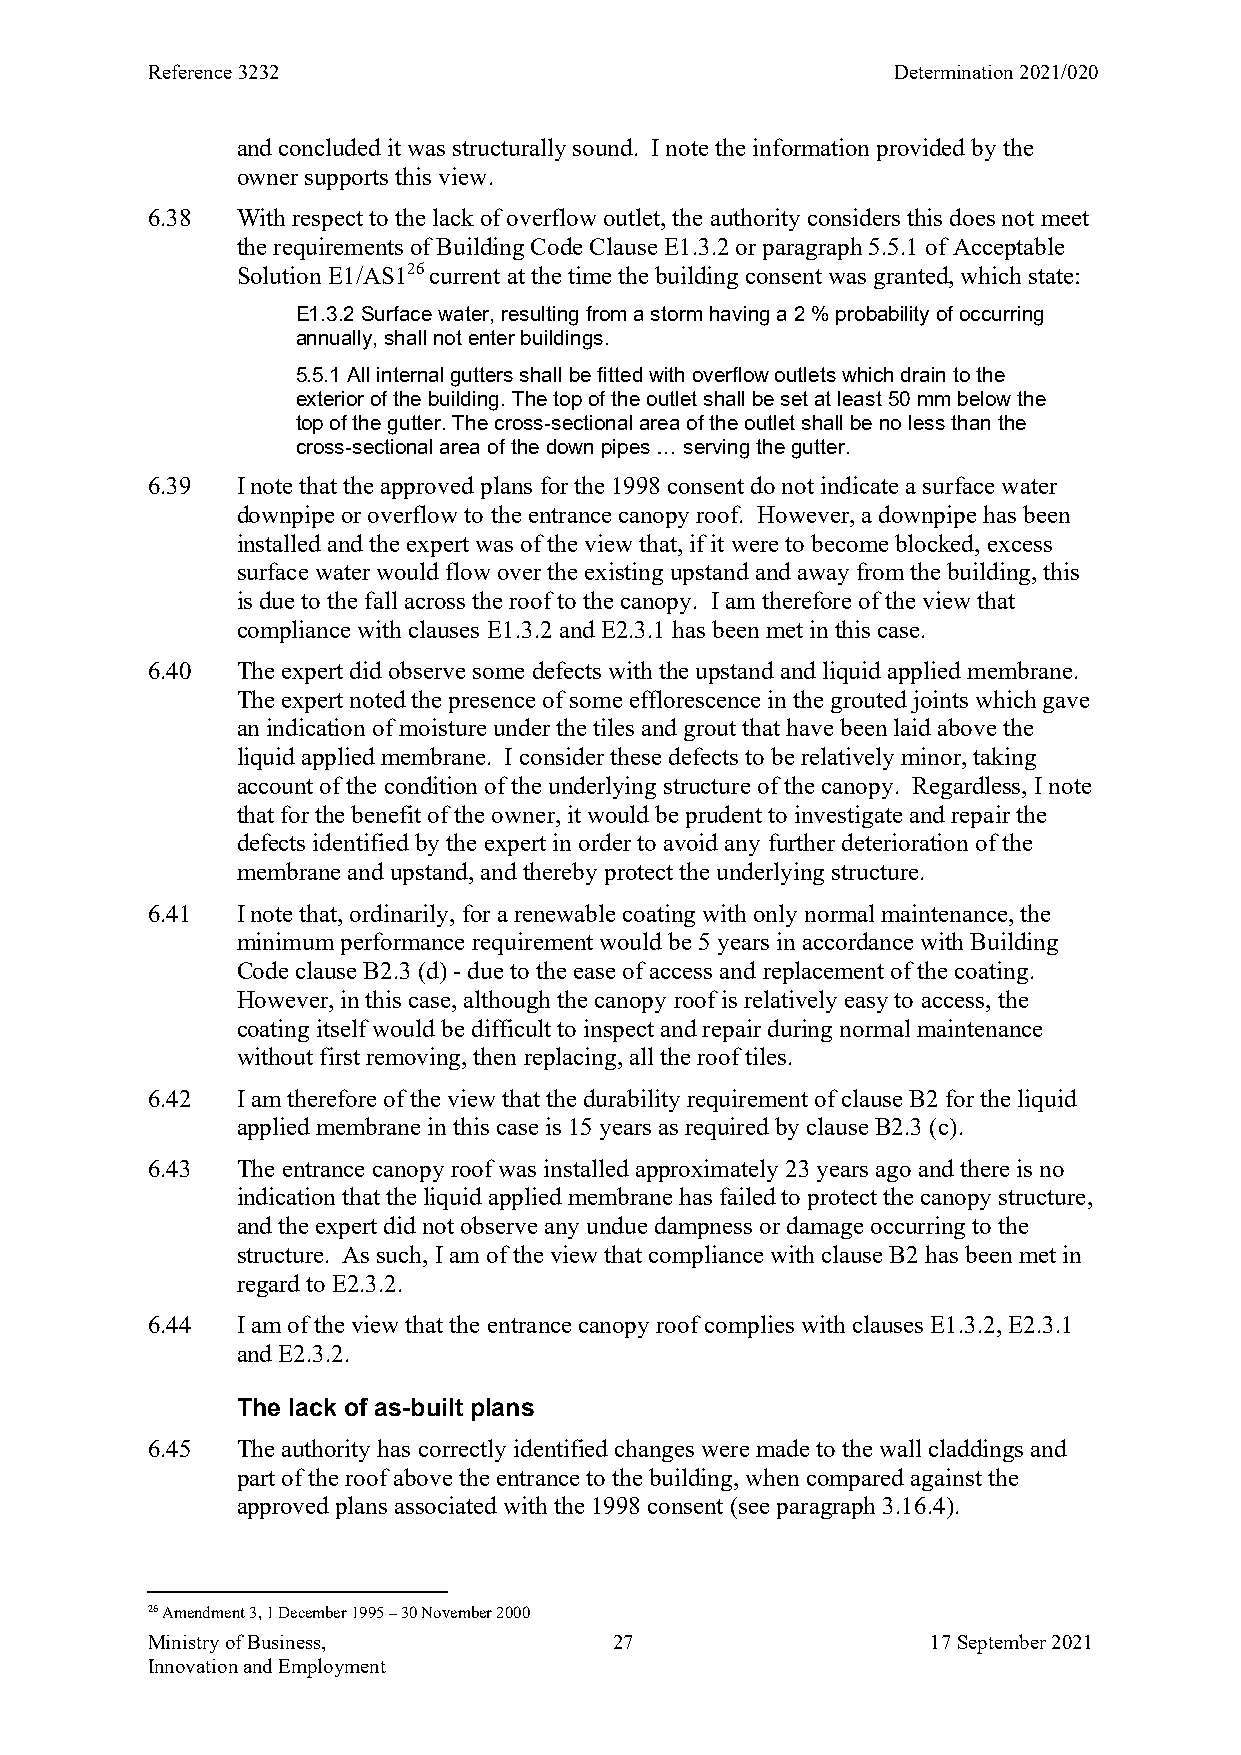
Reference 3232                                   Determination 2021/020
 and concluded it was structurally sound. I note the information provided by the
 owner supports this view.
 6.38  With respect to the lack of overflow outlet, the authority considers this does not meet
 the requirements of Building Code Clause E1.3.2 or paragraph 5.5.1 of Acceptable
 Solution E1/AS126 current at the time the building consent was granted, which state:
 E1.3.2 Surface water, resulting from a storm having a 2 % probability of occurring
 annually, shall not enter buildings.
 5.5.1 All internal gutters shall be fitted with overflow outlets which drain to the
 exterior of the building. The top of the outlet shall be set at least 50 mm below the
 top of the gutter. The cross-sectional area of the outlet shall be no less than the
 cross-sectional area of the down pipes … serving the gutter.
 6.39  I note that the approved plans for the 1998 consent do not indicate a surface water
 downpipe or overflow to the entrance canopy roof. However, a downpipe has been
 installed and the expert was of the view that, if it were to become blocked, excess
 surface water would flow over the existing upstand and away from the building, this
 is due to the fall across the roof to the canopy. I am therefore of the view that
 compliance with clauses E1.3.2 and E2.3.1 has been met in this case.
 6.40  The expert did observe some defects with the upstand and liquid applied membrane.
 The expert noted the presence of some efflorescence in the grouted joints which gave
 an indication of moisture under the tiles and grout that have been laid above the
 liquid applied membrane. I consider these defects to be relatively minor, taking
 account of the condition of the underlying structure of the canopy. Regardless, I note
 that for the benefit of the owner, it would be prudent to investigate and repair the
 defects identified by the expert in order to avoid any further deterioration of the
 membrane and upstand, and thereby protect the underlying structure.
 6.41  I note that, ordinarily, for a renewable coating with only normal maintenance, the
 minimum performance requirement would be 5 years in accordance with Building
 Code clause B2.3 (d) - due to the ease of access and replacement of the coating.
 However, in this case, although the canopy roof is relatively easy to access, the
 coating itself would be difficult to inspect and repair during normal maintenance
 without first removing, then replacing, all the roof tiles.
 6.42  I am therefore of the view that the durability requirement of clause B2 for the liquid
 applied membrane in this case is 15 years as required by clause B2.3 (c).
 6.43  The entrance canopy roof was installed approximately 23 years ago and there is no
 indication that the liquid applied membrane has failed to protect the canopy structure,
 and the expert did not observe any undue dampness or damage occurring to the
 structure. As such, I am of the view that compliance with clause B2 has been met in
 regard to E2.3.2.
 6.44  I am of the view that the entrance canopy roof complies with clauses E1.3.2, E2.3.1
 and E2.3.2.
 The lack of as-built plans
 6.45  The authority has correctly identified changes were made to the wall claddings and
 part of the roof above the entrance to the building, when compared against the
 approved plans associated with the 1998 consent (see paragraph 3.16.4).
 26 Amendment 3, 1 December 1995 – 30 November 2000
 Ministry of Business,          27                   17 September 2021
 Innovation and Employment